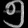
Digit: ၅